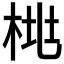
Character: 𱣛